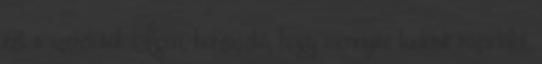
ezt a szerelőtől. Igen, borzasztó, hogy mennyire tudnak rozsdálni,